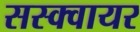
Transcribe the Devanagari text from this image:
सस्क्वायर